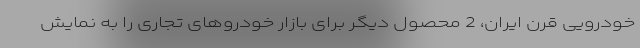
خودرویی قرن ایران، 2 محصول دیگر برای بازار خودروهای تجاری را به نمایش